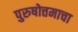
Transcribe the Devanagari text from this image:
पुरुषोत्तमाचा